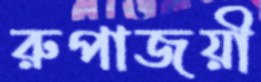
রুপাজয়ী